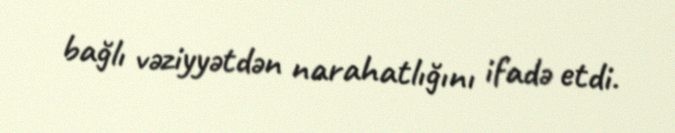
bağlı vəziyyətdən narahatlığını ifadə etdi.